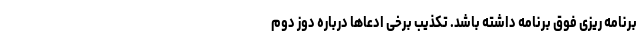
برنامه ریزی فوق برنامه داشته باشد. تکذیب برخی ادعاها درباره دوز دوم